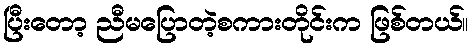
ပြီးတော့ ညီမပြောတဲ့စကားတိုင်းက ဖြစ်တယ်။